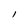
Character: l